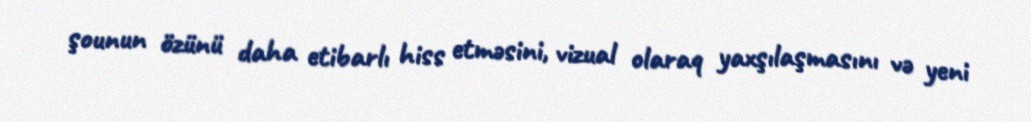
şounun özünü daha etibarlı hiss etməsini, vizual olaraq yaxşılaşmasını və yeni